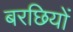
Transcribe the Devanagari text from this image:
बरछियों